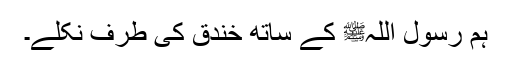
ہم رسول اللہﷺ کے ساتھ خندق کی طرف نکلے۔